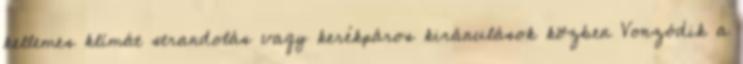
kellemes klímát strandolás vagy kerékpáros kiránulások közben Vonzódik a